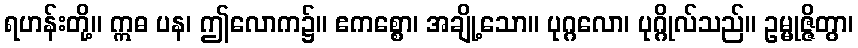
ရဟန်းတို့။ ဣဓ ပန၊ ဤလောက၌။ ဧကစ္စော၊ အချို့သော။ ပုဂ္ဂလော၊ ပုဂ္ဂိုလ်သည်။ ဥမ္မုဇ္ဇိတွာ၊